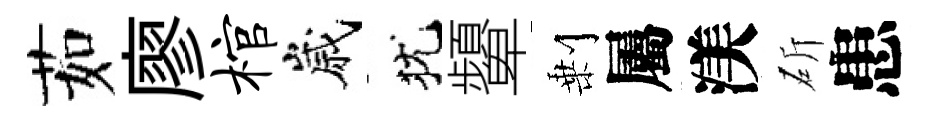
茹廖棺嵗犹顰剰屬渼斫患